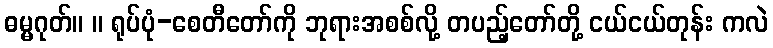
ဓမ္မဂုတ်။ ။ ရုပ်ပုံ-စေတီတော်ကို ဘုရားအစစ်လို့ တပည့်တော်တို့ ငယ်ငယ်တုန်း ကလဲ